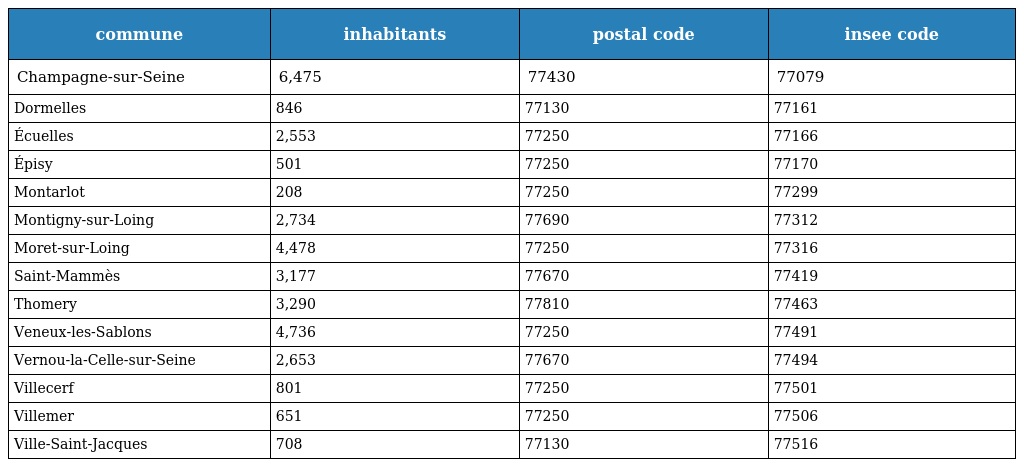
| commune | inhabitants | postal code | insee code |
 | --- | --- | --- | --- |
 | Champagne-sur-Seine | 6,475 | 77430 | 77079 |
 | Dormelles | 846 | 77130 | 77161 |
 | Écuelles | 2,553 | 77250 | 77166 |
 | Épisy | 501 | 77250 | 77170 |
 | Montarlot | 208 | 77250 | 77299 |
 | Montigny-sur-Loing | 2,734 | 77690 | 77312 |
 | Moret-sur-Loing | 4,478 | 77250 | 77316 |
 | Saint-Mammès | 3,177 | 77670 | 77419 |
 | Thomery | 3,290 | 77810 | 77463 |
 | Veneux-les-Sablons | 4,736 | 77250 | 77491 |
 | Vernou-la-Celle-sur-Seine | 2,653 | 77670 | 77494 |
 | Villecerf | 801 | 77250 | 77501 |
 | Villemer | 651 | 77250 | 77506 |
 | Ville-Saint-Jacques | 708 | 77130 | 77516 |